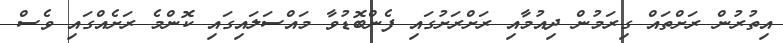
އިތުރުން ރަށްތައް ގިރަމުން ދިއުމާއި ރަށްރަށުގައި ފެންބޮޑުވާ މައްސަލައިގައި ކޮންމެ ރަށެއްގައި ވެސް